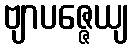
ဗျာပဇ္ဇေယျ